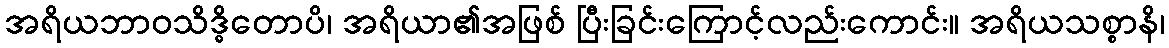
အရိယဘာဝသိဒ္ဓိတောပိ၊ အရိယာ၏အဖြစ် ပြီးခြင်းကြောင့်လည်းကောင်း။ အရိယသစ္စာနိ၊